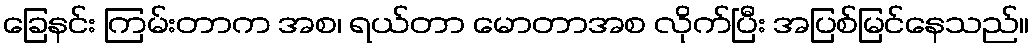
ခြေနင်း ကြမ်းတာက အစ၊ ရယ်တာ မောတာအစ လိုက်ပြီး အပြစ်မြင်နေသည်။